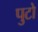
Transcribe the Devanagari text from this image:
पुटो